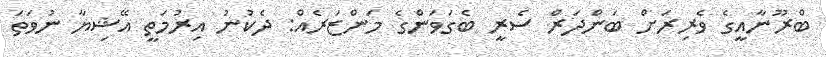
ބްރޫނާއީގެ ވެރިރަށް ބަންދަރް ސެރީ ބެގަވަންގެ މަންޒަރެއް: ދެކުނު އިރުމަތީ އޭޝިޔާ ނުވަތަ